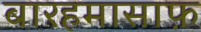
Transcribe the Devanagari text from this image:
बारहमासाफ़